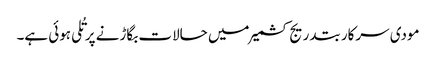
مودی سرکار بتدریج کشمیر میں حالات بگاڑنے پر تُلی ہوئی ہے۔